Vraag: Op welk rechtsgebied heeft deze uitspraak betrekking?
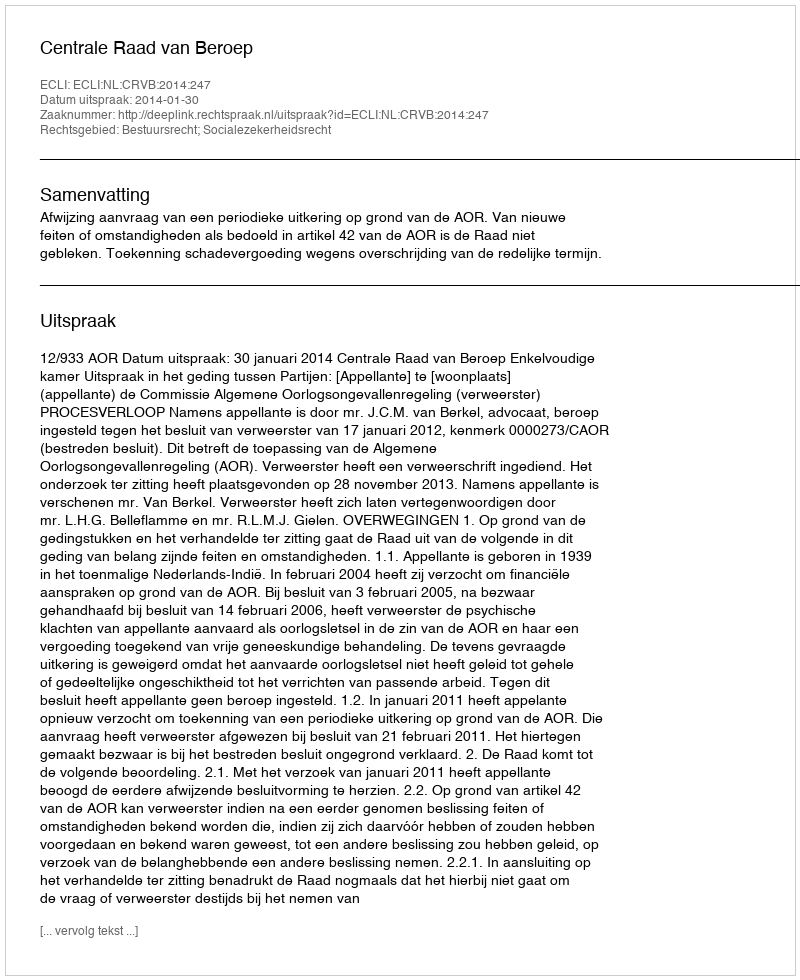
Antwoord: Bestuursrecht; Socialezekerheidsrecht